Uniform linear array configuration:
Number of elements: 48
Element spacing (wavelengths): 0.25
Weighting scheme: kaiser
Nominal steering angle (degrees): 60
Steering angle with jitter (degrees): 59.944
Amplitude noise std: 0.05
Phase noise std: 0.05

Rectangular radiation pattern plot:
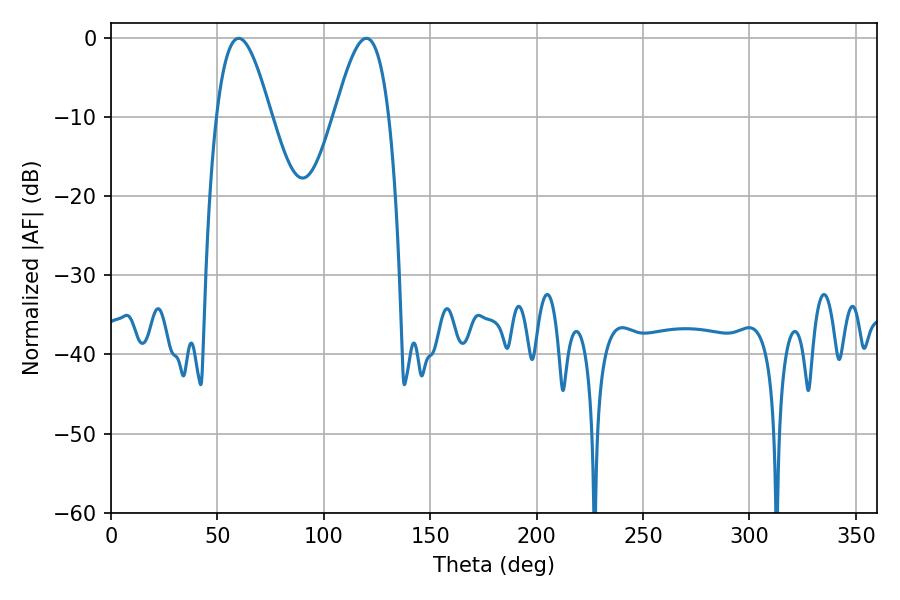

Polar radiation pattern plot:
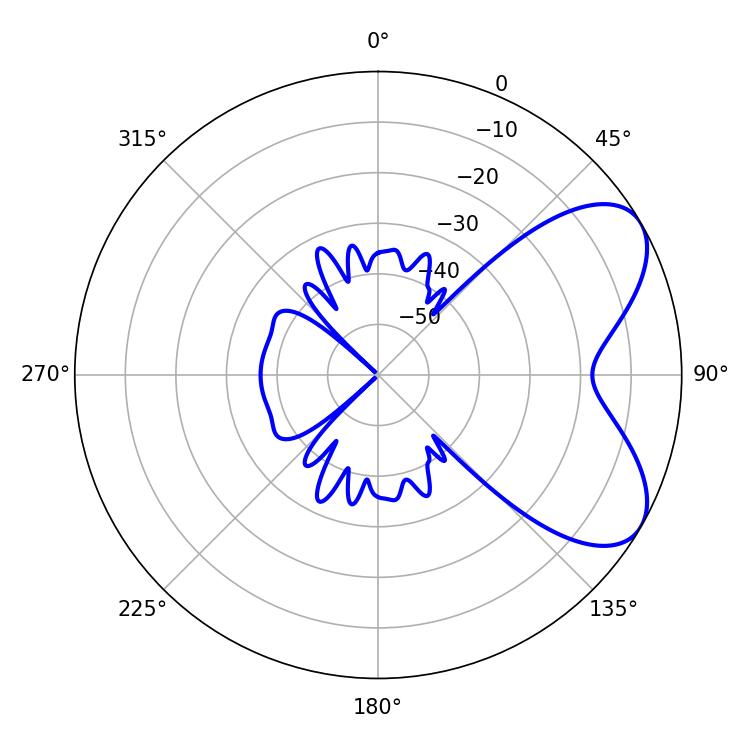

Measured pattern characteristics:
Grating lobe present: FALSE
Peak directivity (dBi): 6.304
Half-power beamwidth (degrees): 13.86
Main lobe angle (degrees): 59.94